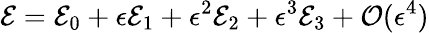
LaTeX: \mathcal{E}=\mathcal{E}_{0}+\epsilon\mathcal{E}_{1}+\epsilon^{2}\mathcal{E}_{2}+\epsilon^{3}\mathcal{E}_{3}+\mathcal{O}(\epsilon^{4})